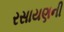
રસાયણની